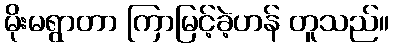
မိုးမရွာတာ ကြာမြင့်ခဲ့ဟန် တူသည်။